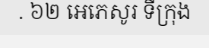
. ៦២ អេភេសូរ ទីក្រុង